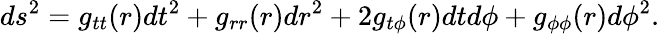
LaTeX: ds^{2}=g_{tt}(r)dt^{2}+g_{rr}(r)dr^{2}+2g_{t\phi}(r)dtd\phi+g_{\phi\phi}(r)d\phi^{2}.